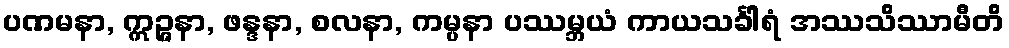
ပဏမနာ, ဣဉ္ဇနာ, ဖန္ဒနာ, စလနာ, ကမ္ပနာ ပဿမ္ဘယံ ကာယသင်္ခါရံ အဿသိဿာမီတိ